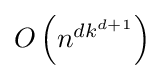
{\textstyle O\left(n^{dk^{d+1}}\right)}